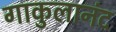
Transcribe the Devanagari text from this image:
गाकुलानंद